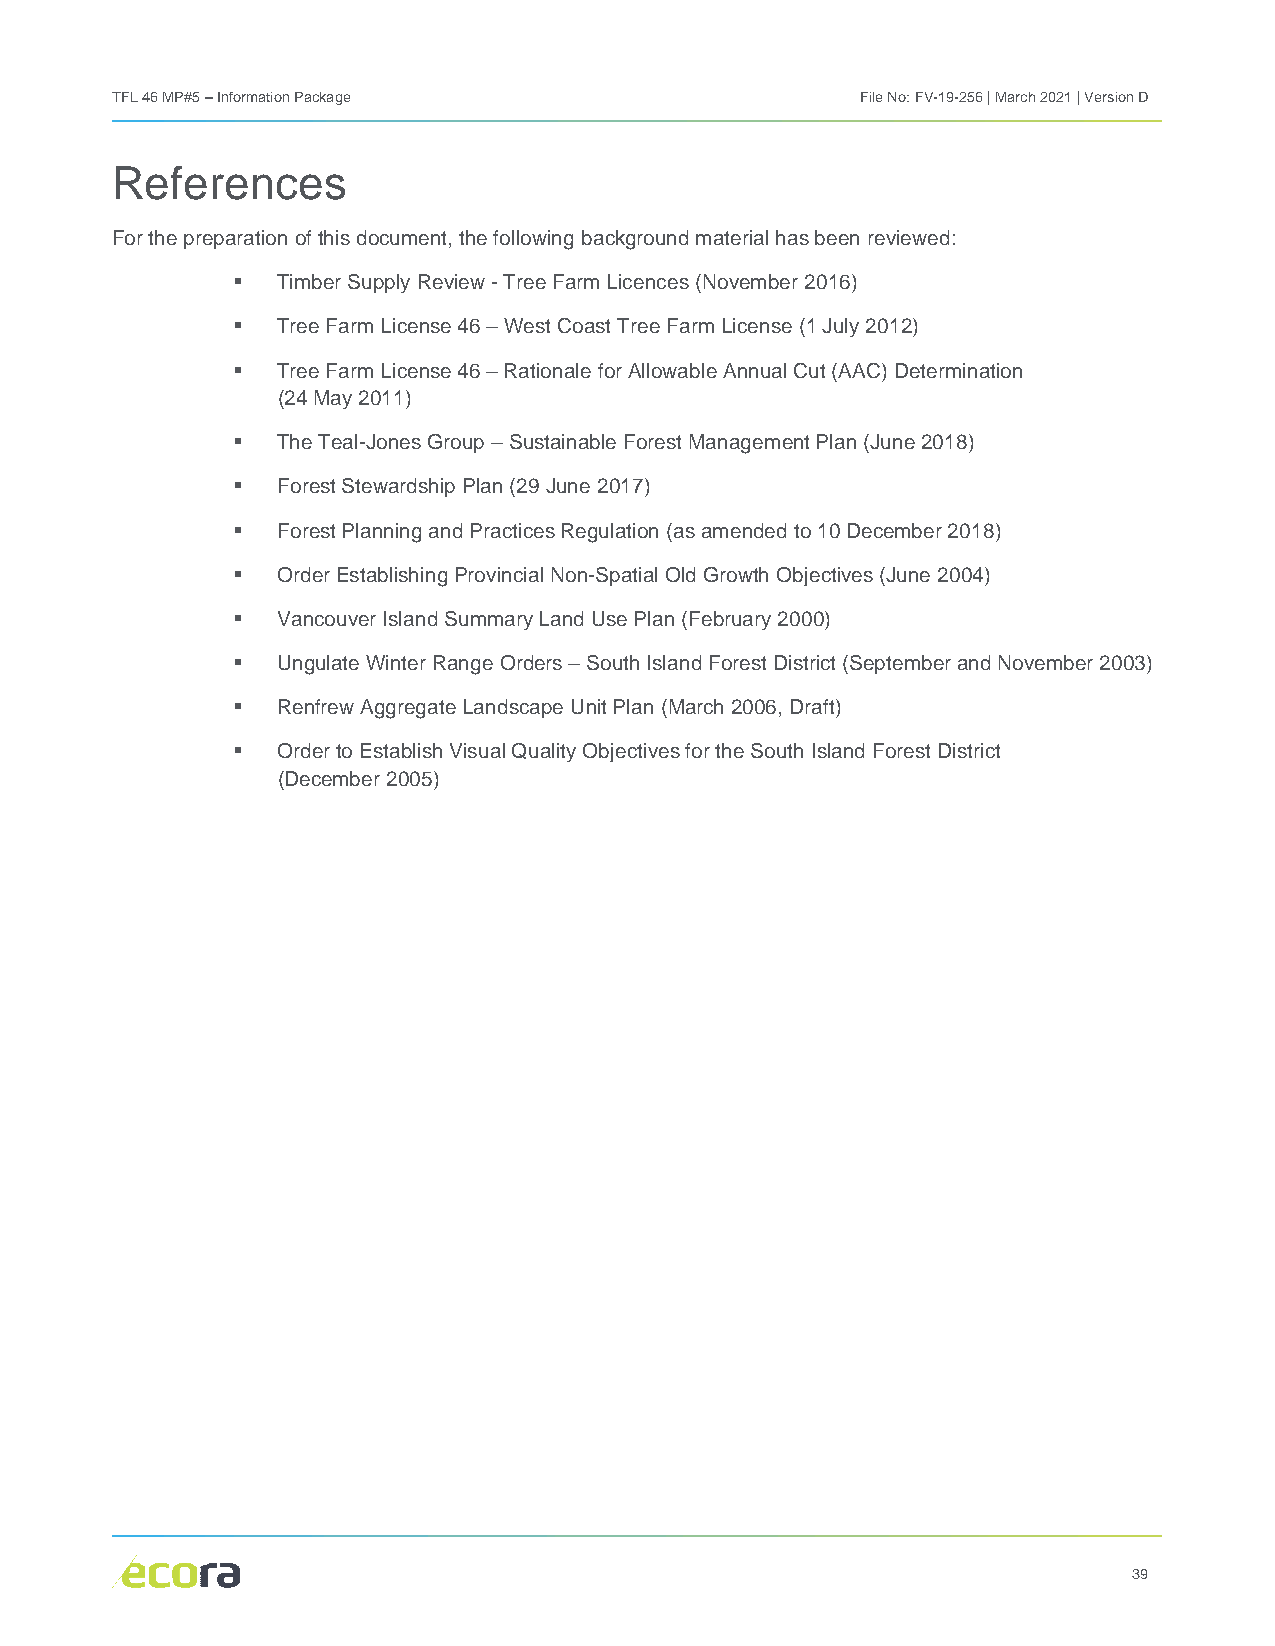
TFL 46 MP#5 – Information Package                 File No: FV-19-256 | March 2021 | Version D
 References
 For the preparation of this document, the following background material has been reviewed:
   Timber Supply Review - Tree Farm Licences (November 2016)
   Tree Farm License 46 – West Coast Tree Farm License (1 July 2012)
   Tree Farm License 46 – Rationale for Allowable Annual Cut (AAC) Determination
 (24 May 2011)
   The Teal-Jones Group – Sustainable Forest Management Plan (June 2018)
   Forest Stewardship Plan (29 June 2017)
   Forest Planning and Practices Regulation (as amended to 10 December 2018)
   Order Establishing Provincial Non-Spatial Old Growth Objectives (June 2004)
   Vancouver Island Summary Land Use Plan (February 2000)
   Ungulate Winter Range Orders – South Island Forest District (September and November 2003)
   Renfrew Aggregate Landscape Unit Plan (March 2006, Draft)
   Order to Establish Visual Quality Objectives for the South Island Forest District
 (December 2005)
 39